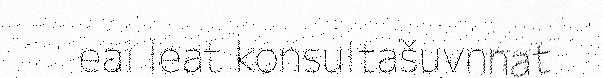
eai leat konsultašuvnnat